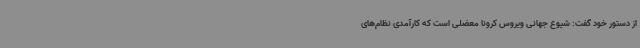
از دستور خود گفت: شیوع جهانی ویروس کرونا معضلی است که کارآمدی نظام‌های